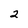
Character: 2